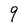
Character: 9